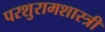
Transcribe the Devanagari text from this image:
परशुरामशास्त्री